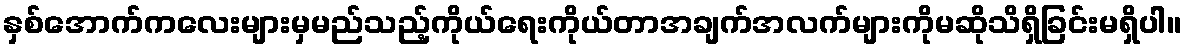
နှစ်အောက်ကလေးများမှမည်သည့်ကိုယ်ရေးကိုယ်တာအချက်အလက်များကိုမဆိုသိရှိခြင်းမရှိပါ။